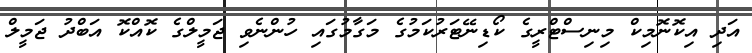
އަދި އިކޮނޮމިކް މިނިސްޓްރީގެ ކޯޑިނޭޓަރުކަމުގެ މަގާމުގައި ހުންނެވި ޖަމީލްގެ ކޮއްކޮ އަބްދު ޖަމީލް